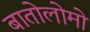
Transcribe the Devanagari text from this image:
बातोलोमो